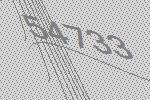
54733